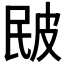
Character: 𤿕